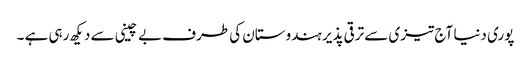
پوری دنیا آج تیزی سے ترقی پذیر ہندوستان کی طرف بے چینی سے دیکھ رہی ہے ۔